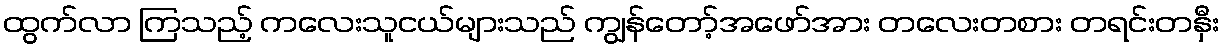
ထွက်လာ ကြသည့် ကလေးသူငယ်များသည် ကျွန်တော့်အဖော်အား တလေးတစား တရင်းတနှီး